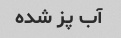
آب پز شده